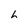
Character: h